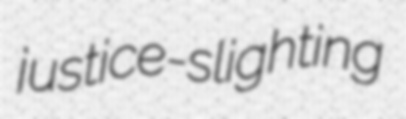
justice-slighting